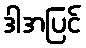
ဒါအပြင်